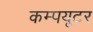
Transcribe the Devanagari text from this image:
कम्पयूटर